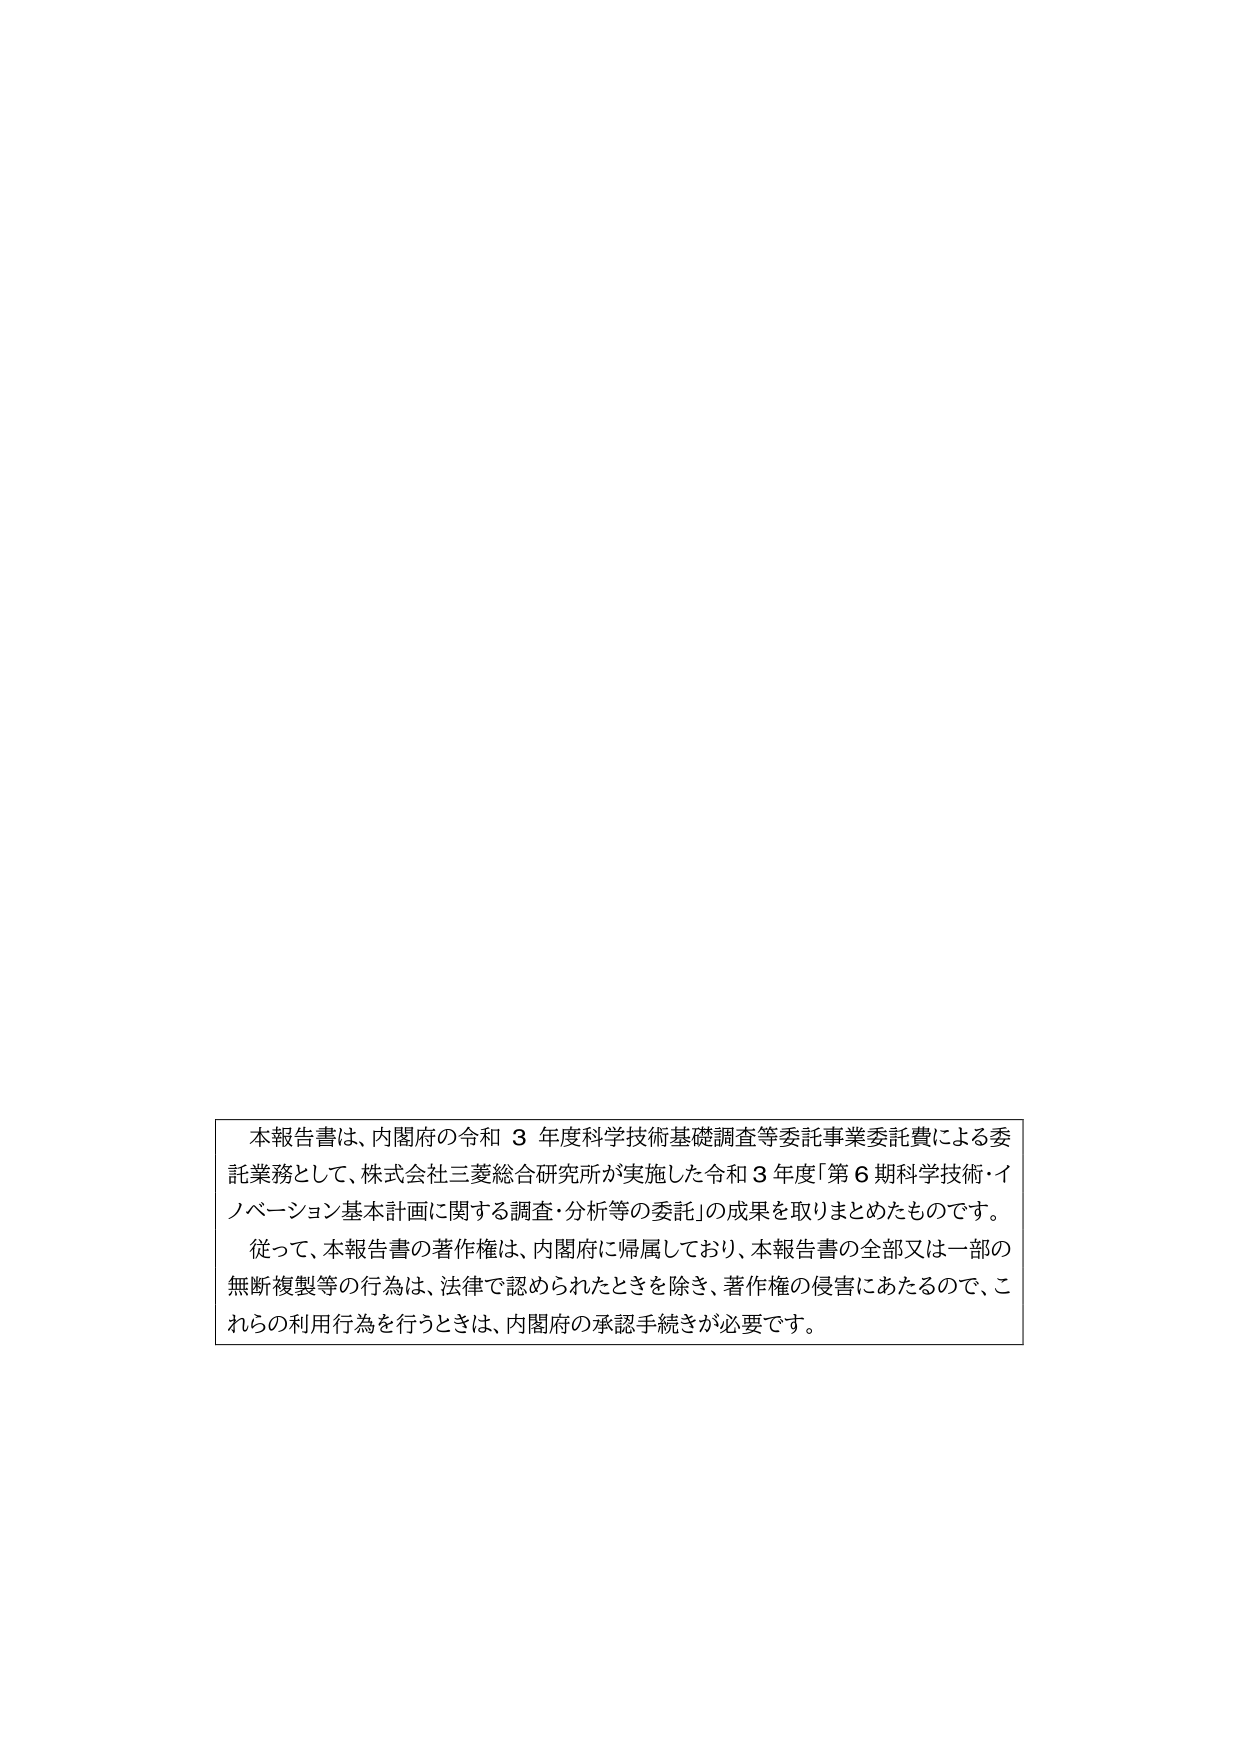
本報告書は、内閣府の令和３年度科学技術基礎調査等委託事業委託費による委託業務として、株式会社三菱総合研究所が実施した令和３年度「第６期科学技術・イノベーション基本計画に関する調査・分析等の委託」の成果を取りまとめたものです。
従って、本報告書の著作権は、内閣府に帰属しており、本報告書の全部又は一部の無断複製等の行為は、法律で認められたときを除き、著作権の侵害にあたるので、これらの利用行為を行うときは、内閣府の承認手続きが必要です。